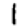
Digit: 1